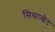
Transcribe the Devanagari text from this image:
सिसाखेट